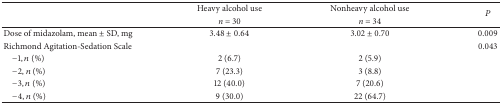
<table><thead><tr><td rowspan="2"><b> </b></td><td><b>Heavy alcohol use</b></td><td><b>Nonheavy alcohol use</b></td><td rowspan="2"><b><i>P</i></b></td></tr><tr><td><b><i>n</i> = 30</b></td><td><b><i>n</i> = 34</b></td></tr></thead><tbody><tr><td>Dose of midazolam, mean ± SD, mg</td><td>3.48 ± 0.64</td><td>3.02 ± 0.70</td><td>0.009</td></tr><tr><td>Richmond Agitation-Sedation Scale </td><td> </td><td> </td><td>0.043</td></tr><tr><td> −1, <i>n</i> (%)</td><td>2 (6.7)</td><td>2 (5.9)</td><td> </td></tr><tr><td> −2, <i>n</i> (%)</td><td>7 (23.3)</td><td>3 (8.8)</td><td> </td></tr><tr><td> −3, <i>n</i> (%)</td><td>12 (40.0)</td><td>7 (20.6)</td><td> </td></tr><tr><td> −4, <i>n</i> (%)</td><td>9 (30.0)</td><td>22 (64.7)</td><td> </td></tr></tbody></table>